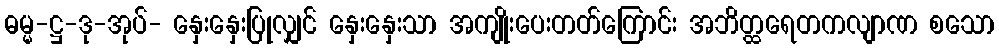
ဓမ္မ-ဋ္ဌ-ဒု-အုပ်- နှေးနှေးပြုလျှင် နှေးနှေးသာ အကျိုးပေးတတ်ကြောင်း အဘိတ္ထရေတကလျာဏ စသော